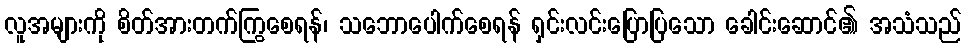
လူအများကို စိတ်အားတက်ကြွစေရန်၊ သဘောပေါက်စေရန် ရှင်းလင်းပြောပြသော ခေါင်းဆောင်၏ အသံသည်